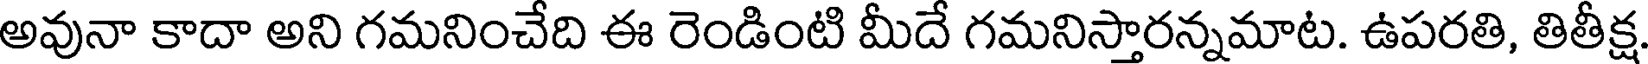
అవునా కాదా అని గమనించేది ఈ రెండింటి మీదే గమనిస్తారన్నమాట. ఉపరతి, తితీక్ష